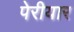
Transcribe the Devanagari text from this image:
पेरीयार